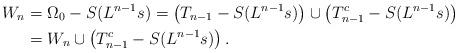
LaTeX: \begin{align*} W_n &= \Omega_0 - S(L^{n-1}s) =\left( T_{n-1} - S(L^{n-1}s)\right) \cup\left( T_{n-1}^c - S(L^{n-1}s)\right)\\&=W_n \cup \left( T_{n-1}^c - S(L^{n-1}s)\right).\end{align*}